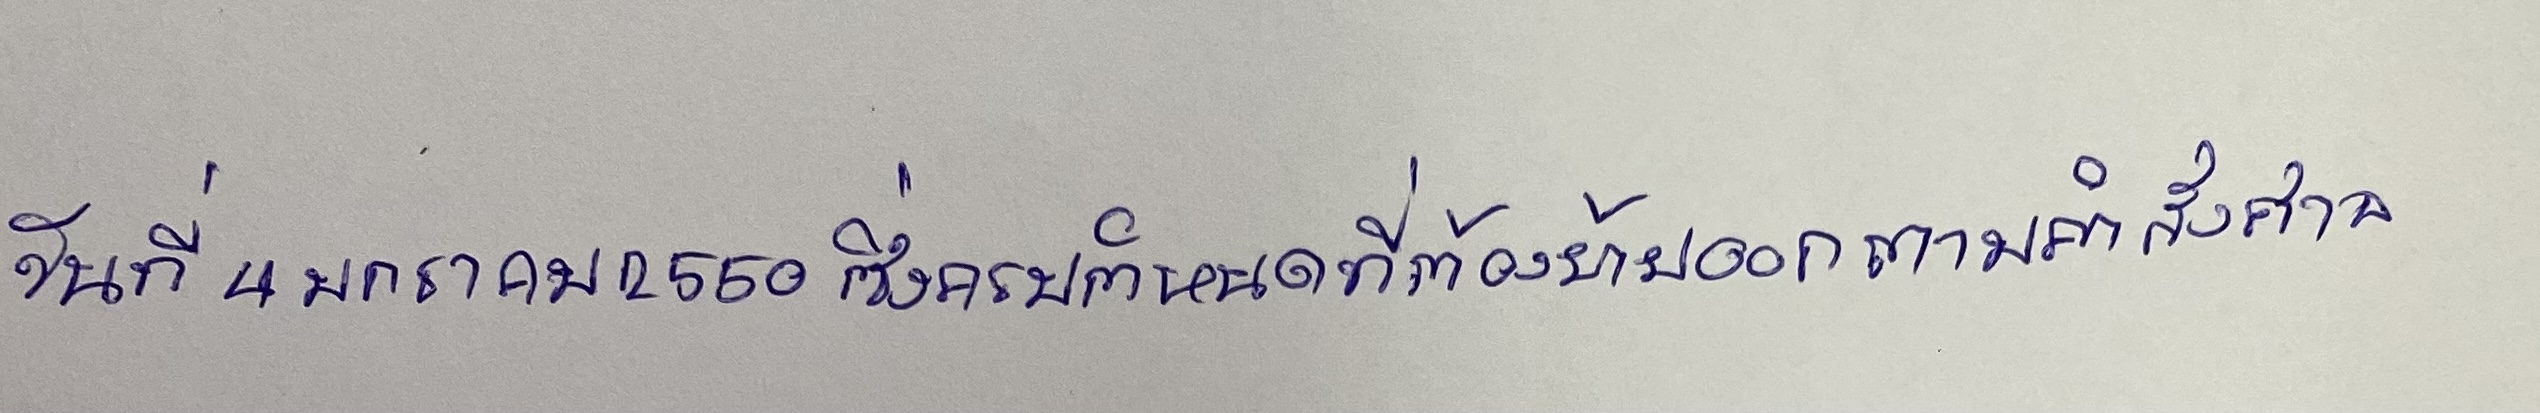
วันที่4มกราคม2550ซึ่งครบกำหนดที่ต้องย้ายออกตามคำสั่งศาล